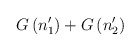
\begin{align*}G\left( n_1^{\prime }\right) +G\left( n_2^{\prime }\right)\end{align*}